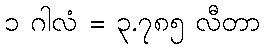
၁ ဂါလံ = ၃.၇၈၅ လီတာ